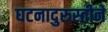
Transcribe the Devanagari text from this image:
घटनादुरुस्तीने